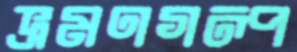
ভ্রমণগল্প